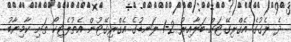
ދެ ލެގުގެ އެގްރިގޭޓަށް ބަލާއިރު 2-1 ލަނޑުގެ އެގްރިގޭޓުން އެތުލެޓިކޯ ތަށި ކާމިޔާބު